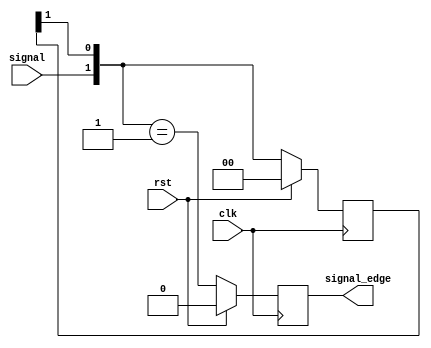
`timescale 1ns / 1ps


module FallingEdgeDetector(
    input clk,
    input rst,
    input signal,
    output reg signal_edge
    );
    
    reg [1:0] signal_edge_internal;
    
    always @(posedge clk) begin
            
            if(rst) begin 
                signal_edge = 0;
                signal_edge_internal = 2'b0;
            end
            else begin
            signal_edge_internal = {signal, signal_edge_internal[1]};
            signal_edge = (signal_edge_internal == 2'b01);
            end   
    end 
endmodule